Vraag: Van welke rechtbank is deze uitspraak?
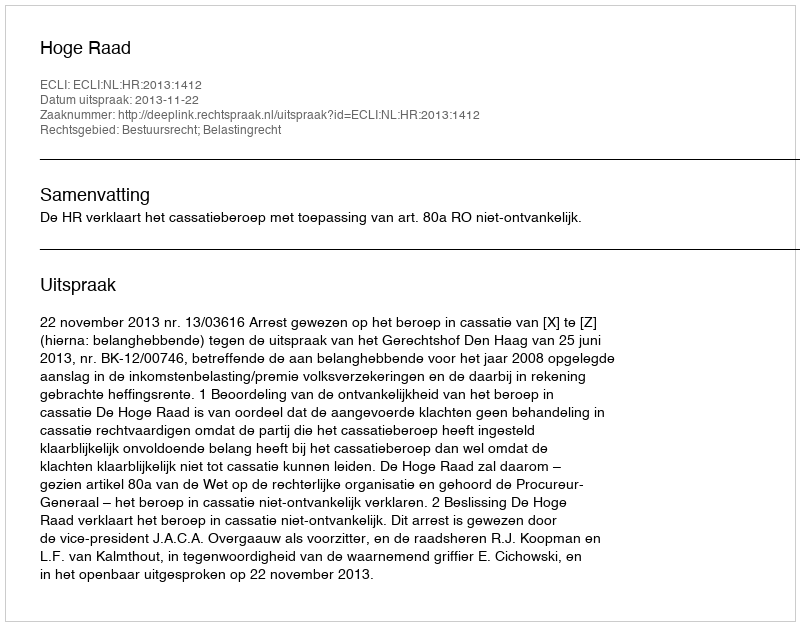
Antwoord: Hoge Raad